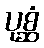
ပုစ္ဆံ